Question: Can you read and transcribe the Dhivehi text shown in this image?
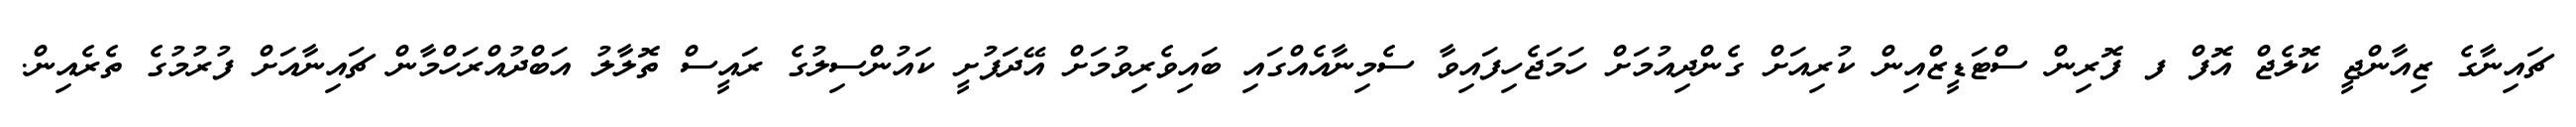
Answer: ޗައިނާގެ ޒިއާންޖީ ކޮލެޖް އޮފް ފ ފޮރިން ސްޓަޑީޒްއިން ކުރިއަށް ގެންދިއުމަށް ހަމަޖެހިފައިވާ ސެމިނާއެއްގައި ބައިވެރިވުމަށް އޭދަފުށީ ކައުންސިލުގެ ރައީސް ތޮލާލު އަބްދުއްރަހްމާން ޗައިނާއަށް ފުރުމުގެ ތެރެއިން.